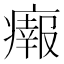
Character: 𤺴